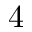
4